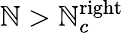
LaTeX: \mathbb{N}>\mathbb{N}_{c}^{\mathrm{{right}}}